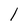
Character: 1